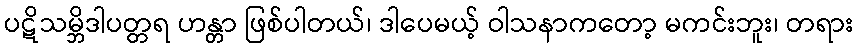
ပဋိသမ္ဘိဒါပတ္တရ ဟန္တာ ဖြစ်ပါတယ်၊ ဒါပေမယ့် ဝါသနာကတော့ မကင်းဘူး၊ တရား